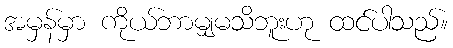
အမှန်မှာ ကိုယ်ဘာမျှမသိဘူးဟု ထင်ပါသည်။